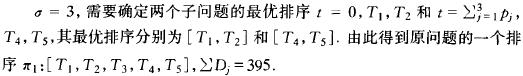
$\sigma = 3$, 需要确定两个子问题的最优排序 $t = 0, T_1, T_2$ 和 $t = \sum_{j = 1}^{3}p_j$, $T_4, T_5$, 其最优排序分别为 $[T_1, T_2]$ 和 $[T_4, T_5]$. 由此得到原问题的一个排序 $\pi_1:[T_1, T_2, T_3, T_4, T_5], \sum D_j = 395$.